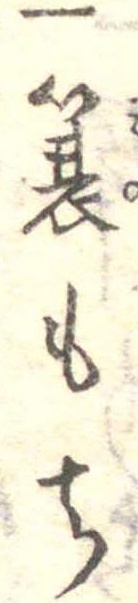
一簑もち